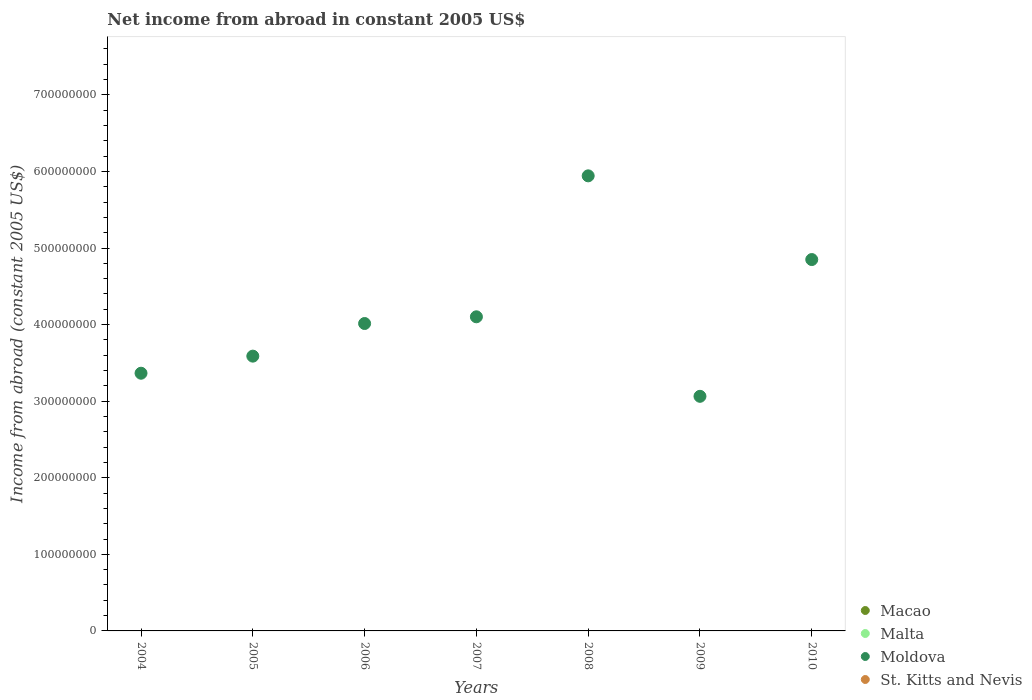
| Years | Macao | Malta | Moldova | St. Kitts and Nevis |
 | --- | --- | --- | --- | --- |
 | 2004 | -5.46e+08 | -6.96e+07 | 3.37e+08 | -3.89e+07 |
 | 2005 | -7.52e+08 | -2.71e+08 | 3.59e+08 | -3.51e+07 |
 | 2006 | -1.48e+09 | -2.33e+08 | 4.01e+08 | -3.23e+07 |
 | 2007 | -2.39e+07 | -2.99e+08 | 4.1e+08 | -3.09e+07 |
 | 2008 | -2.15e+09 | -1.07e+08 | 5.94e+08 | -3.41e+07 |
 | 2009 | -1.88e+09 | -4.43e+08 | 3.06e+08 | -3.39e+07 |
 | 2010 | -3.04e+09 | -1.88e+08 | 4.85e+08 | -2.91e+07 |